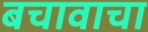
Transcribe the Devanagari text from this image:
बचावाचा